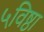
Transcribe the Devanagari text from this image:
५विष्ठा